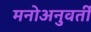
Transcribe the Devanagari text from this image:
मनोअनुवर्ती